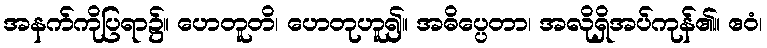
အနက်ကိုပြရာ၌။ ဟေတူတိ၊ ဟေတုဟူ၍။ အဓိပ္ပေတာ၊ အလိုရှိအပ်ကုန်၏။ ဧဝံ၊